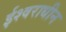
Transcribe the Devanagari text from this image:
ईश्वराधीन